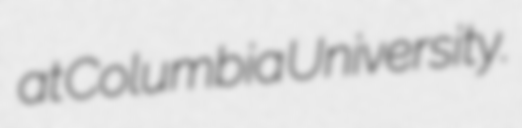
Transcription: at Columbia University.